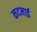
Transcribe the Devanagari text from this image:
कदमाई